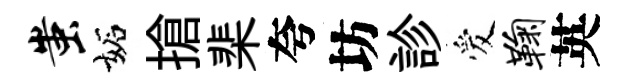
蚩妬搶棐夸坊診爱鞠英